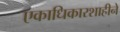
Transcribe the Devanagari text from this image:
एकाधिकारशाहीने